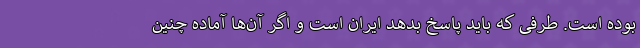
بوده است. طرفی که باید پاسخ بدهد ایران است و اگر آن‌ها آماده چنین